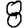
Digit: 8